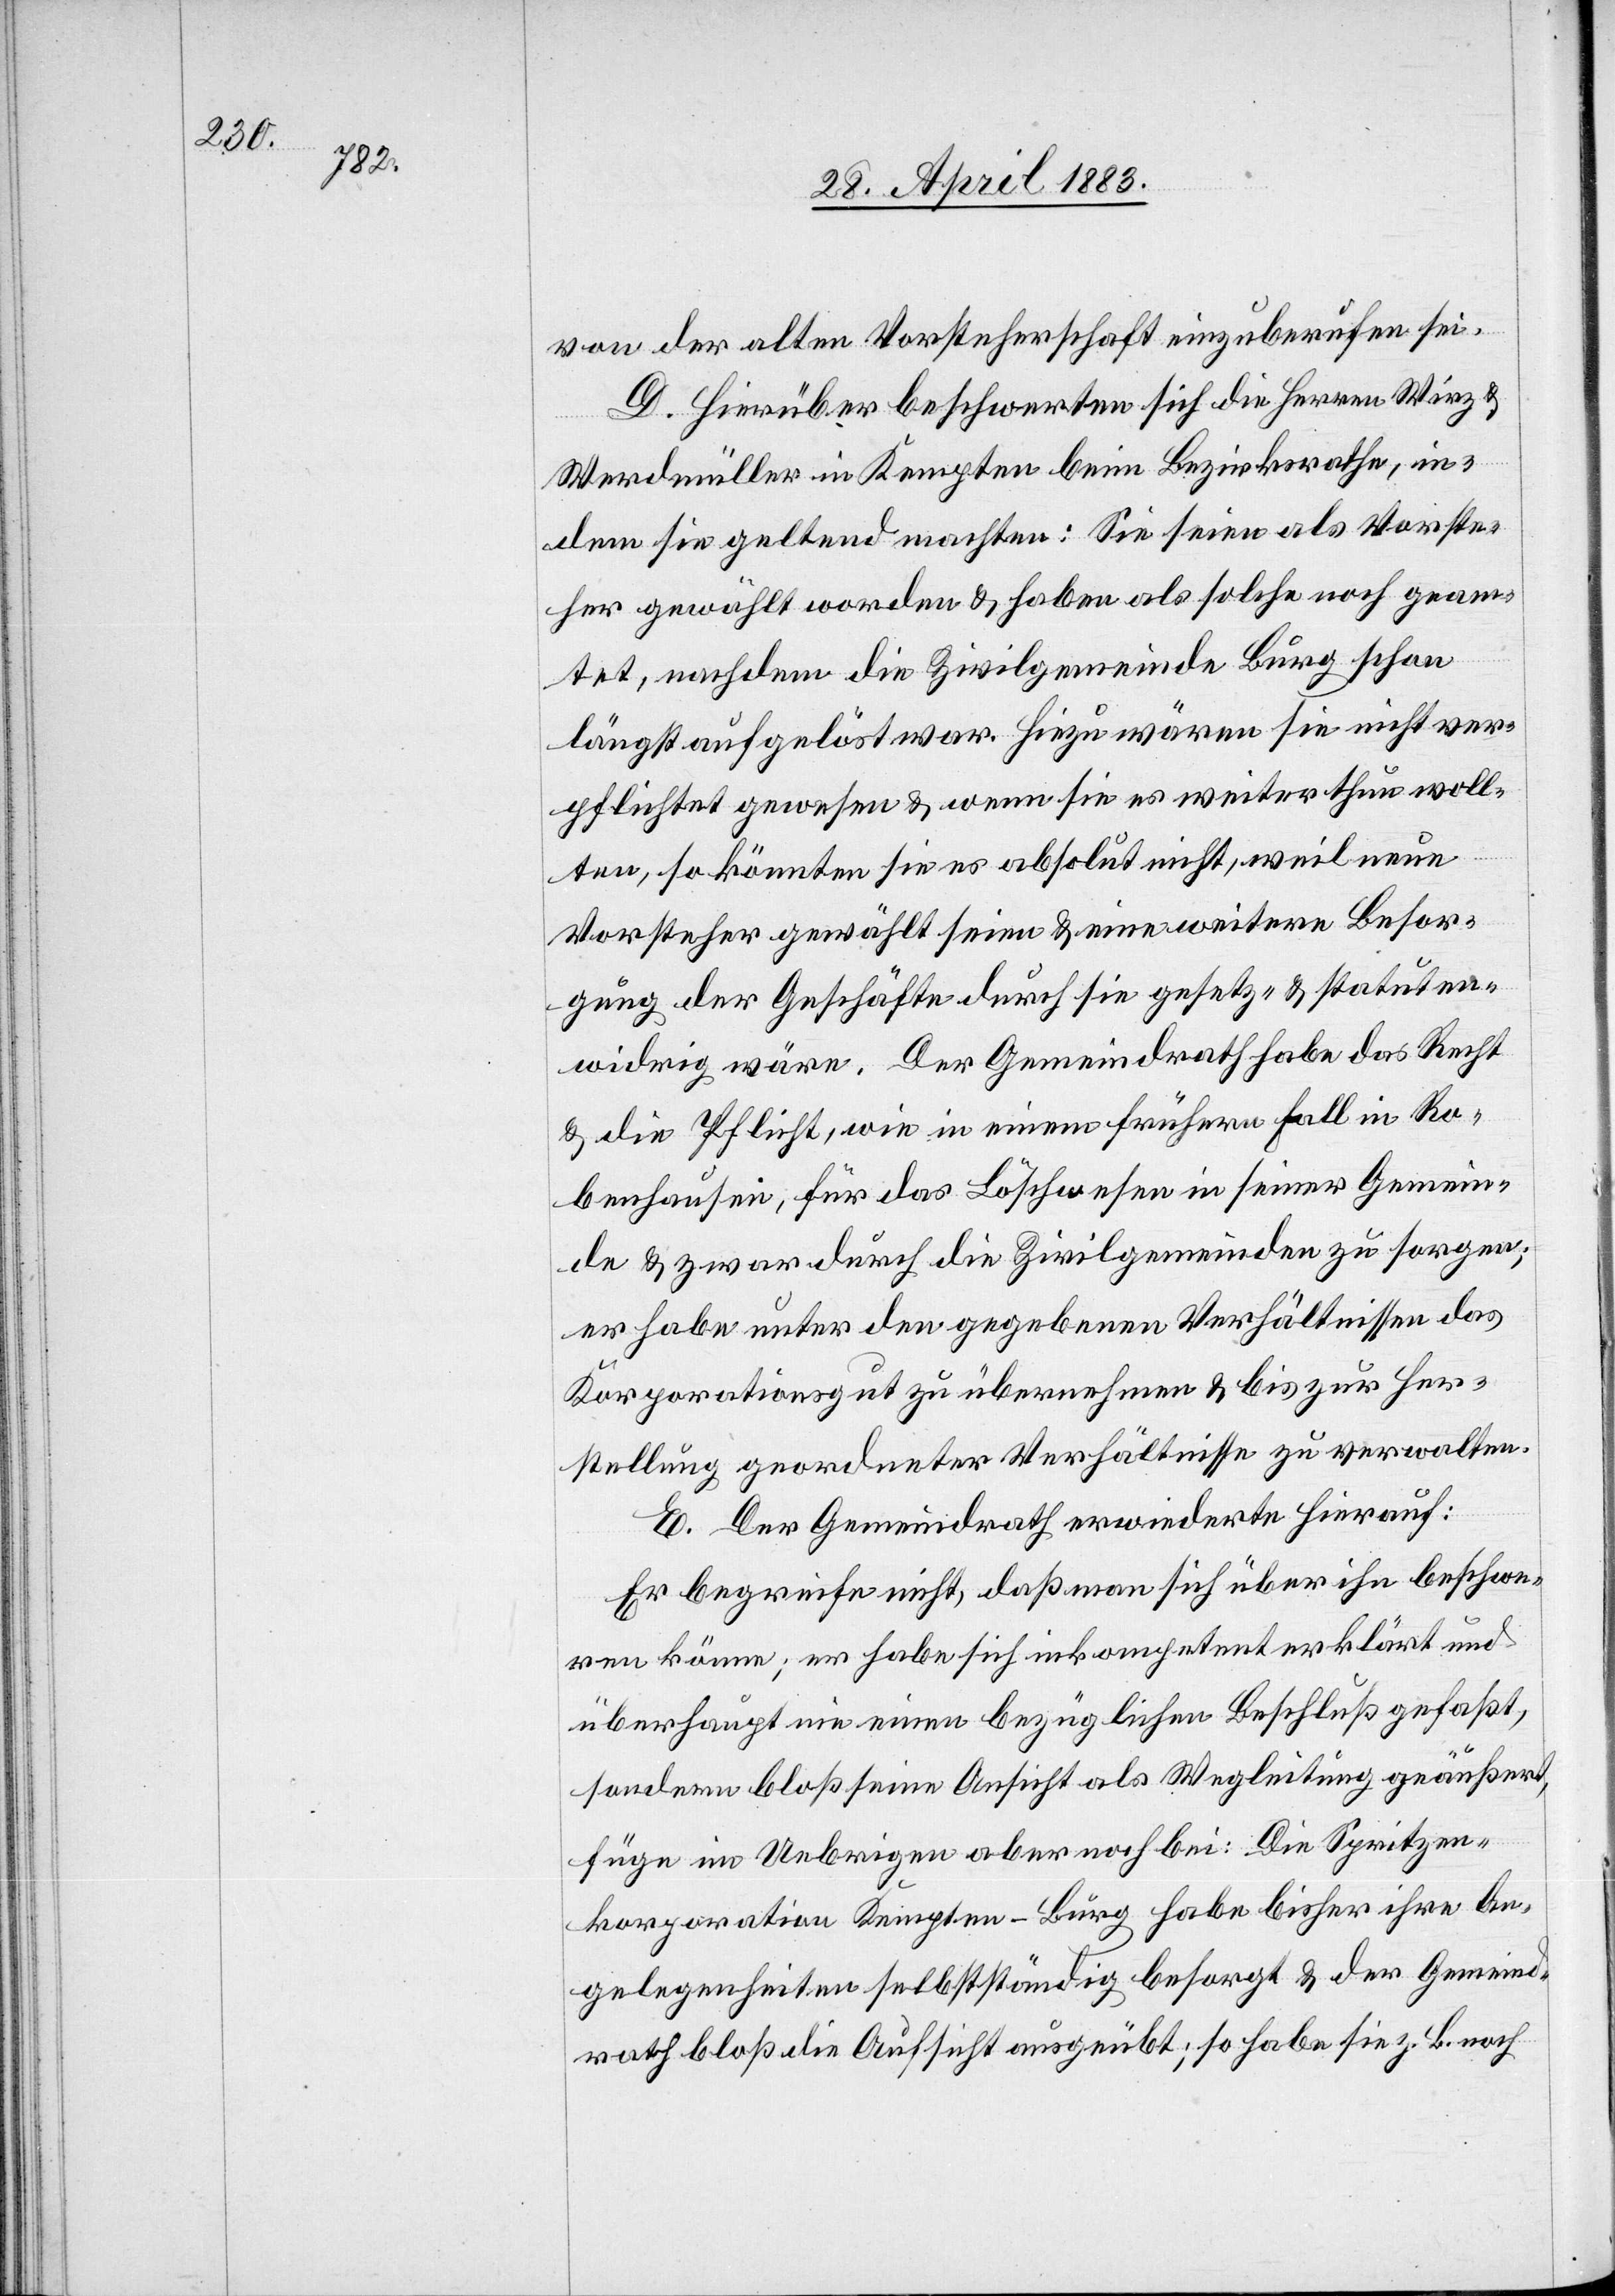
von der alten Vorsteherschaft einzuberufen sei.
D. Hierüber beschwerten sich die Herren Wirz &
Werdmüller in Kempten beim Bezirksrathe, in¬
dem sie geltend machten: Sie seien als Vorste¬
her gewählt worden & haben als solche noch geam¬
tet, nachdem die Zivilgemeinde Burg schon
längst aufgelöst war. Hiezu wären sie nicht ver¬
pflichtet gewesen & wenn sie es weiter thun woll¬
ten, so könnte sie es absolut nicht, weil neue
Vorsteher gewählt seien & eine weitere Besor¬
gung der Geschäfte durch sie gesetz- & statuten¬
widrig wäre. Der Gemeindrath habe das Recht
& die Pflicht, wie in einem frühern Fall in Ro¬
benhausen, für das Löschwesen in seiner Gemein¬
de & zwar durch die Zivilgemeinden zu sorgen;
es habe unter den gegebenen Verhältnissen das
Korporationsgut zu übernehmen & bis zur Her¬
stellung geordneter Verhältnisse zu verwalten.
E. Der Gemeindrath erwiederte hierauf:
Er begreife nicht, daß man sich über ihn beschwe¬
ren könne; er habe sich inkompetent erklärt und
überhaupt nie einen bezüglichen Beschluß gefaßt,
sondern bloß seine Ansicht als Wegleitung geäußert,
füge im Uebrigen aber noch bei: Die Spritzen¬
korporation Kempten-Burg habe bisher ihre An¬
gelegenheiten selbstständig besorgt & der Gemeind¬
rath bloß die Aufsicht ausgeübt; so habe sie z. B. noch